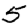
Digit: 5